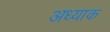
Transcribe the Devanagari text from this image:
अध्याक